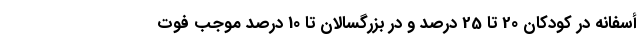
أسفانه در کودکان 20 تا 25 درصد و در بزرگسالان تا 10 درصد موجب فوت